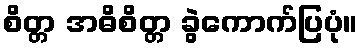
စိတ္တ အဓိစိတ္တ ခွဲကောက်ပြပုံ။